Lunatic asylums United Provinces 1899-1908 - 1899-1908
Year: 1899
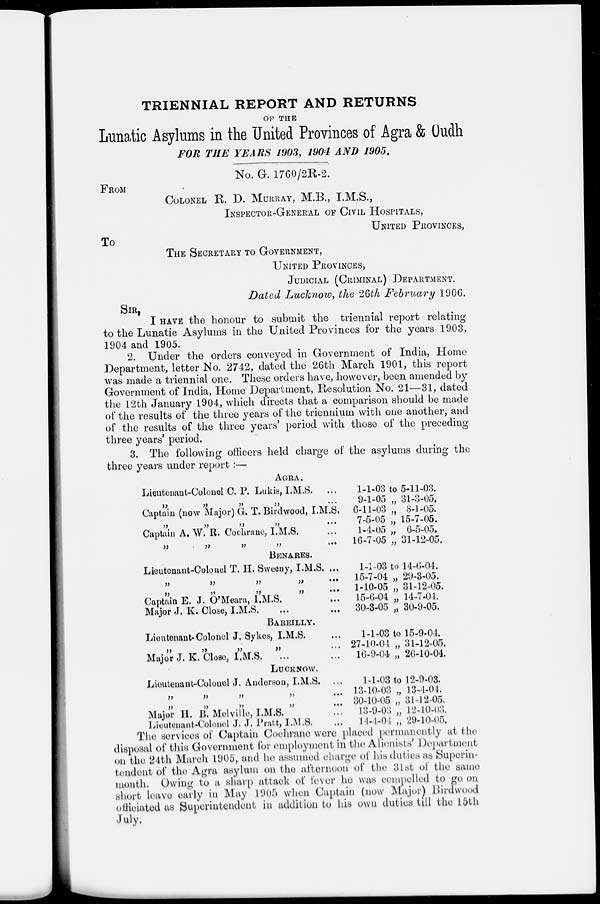
TRIENNIAL REPORT AND RETURNS
OF THE
Lunatic Asylums in the United Provinces of Agra & Oudh
FOR THE YEARS 1903, 1904 AND 1905.
No. G. 1760/2R-2.
FROM
COLONEL R D. MURRAY, M.B., I.M.S.,
INSPECTOR-GENERAL OF CIVIL HOSPITALS,
UNITED PROVINCES,
TO
THE SECRETARY TO GOVERNMENT,
UNITED PROVINCES,
JUDICIAL (CRIMINAL) DEPARTMENT.
Dated Lucknow, the 26th February 1906.
SIR,
I HAVE the honour to submit the triennial report relating
to the Lunatic Asylums in the United Provinces for the years 1903,
1904 and 1905.
2. Under the orders conveyed in Government of India, Home
Department, letter No. 2742, dated the 26th March 1901, this report
was made a triennial one. These orders have, however, been amended by
Government of India, Home Department, Resolution No. 21—31, dated
the 12th January 1904, which directs that a comparison should be made
of the results of the three years of the triennium with one another, and
of the results of the three years' period with those of the preceding-
three years' period.
3. The following officers held charge of the asylums during the
three years under report :—
AGRA.
Lieutenant-Colonel C. P. Lukis, I.M.S. ...
„ „ „ „ ...
Captain (now Major) G. T. Birdwood, I.M.S.
„ „ „ „ ...
Captain A. W. R. Cochrane, I.M.S. ...
„ „ „ „ ...
1-1-03 to 5-11-03.
9-1-05 „ 31-3-05.
6-11-03 „ 8-1-05.
7-5-05 „ 15-7-05.
1-4-05 „ 6-5-05.
16-7-05 „ 31-12-05.
BENARES.
Lieutenant-Colonel T. H. Sweeny, I.M.S. ...
„ „ „ „ ...
„ „ „ „ ...
Captain E. J. O'Meara, I.M.S. ...
Major J. K. Close, I.M.S. ... ...
1-1-03 to 14-6-04.
15-7-04 „ 29-3-05.
1-10-05 „ 31-12-05.
15-6-04 „ 14-7-04.
30-3-05 „ 30-9-05.
BAREILLY.
Lieutenant-Colonel J. Sykes, I.M.S. ...
„ „ „ „ ...
Major J. K. Close, I.M.S. ... ...
1-1-03 to 15-9-04.
27-10-04 „ 31-12-05.
16-9-04 „ 26-10-04.
LUCKNOW.
Lieutenant-Colonel J. Anderson, I.M.S. ...
„ „ „ „ ...
„ „ „ „ ...
Major H. B. Melville, I.M.S. ...
Lieutenant-Colonel J. J. Pratt, I.M.S. ...
1-1-03 to 12-9-03.
13-10-03 „ 13-4-04.
30-10-05 „ 31-12-05.
13-9-03 „ 12-10-03.
14-4-04 „ 29-10-05.
The services or Captain Cochrane were placed permanently at the
disposal of this Government for employment in the Alienists' Department
on the 24th March 1905, and he assumed charge of his duties as Superin-
tendent of the Agra asylum on the afternoon of the 31st of the same
month. Owing to a sharp attack of fever he was compelled to go on
short leave early in May 1905 when Captain (now Major) Birdwood
officiated as Superintendent in addition to his own duties till the 15th
July.